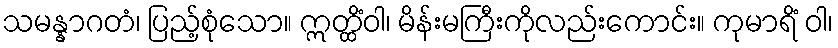
သမန္နာဂတံ၊ ပြည့်စုံသော။ ဣတ္ထိံဝါ၊ မိန်းမကြီးကိုလည်းကောင်း။ ကုမာရိံ ဝါ၊